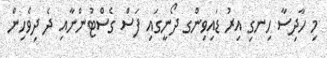
މި ހާދިސާ ހިނގި އިރު ޑައިވިންގ ދޯނީގައި ފަސް ގެސްޓުންނާއި ދެ ދިވެހިން